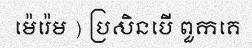
ម៉េរ៉េម ) ប្រសិនបើ ពួកគេ